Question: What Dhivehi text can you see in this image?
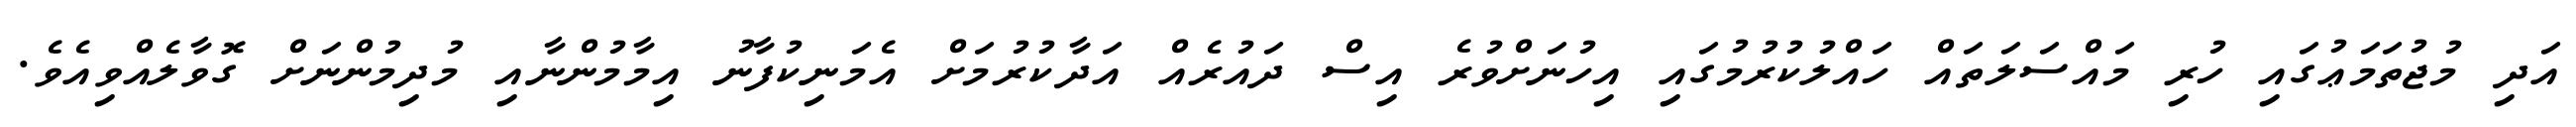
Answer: އަދި މުޖުތަމަޢުގައި ހުރި މައްސަލަތައް ހައްލުކުރުމުގައި އިހުނަށްވުރެ އިސް ދައުރެއް އަދާކުރުމަށް އެމަނިކުފާނު އިމާމުންނާއި މުދިމުންނަށް ގޮވާލެއްވިއެވެ.